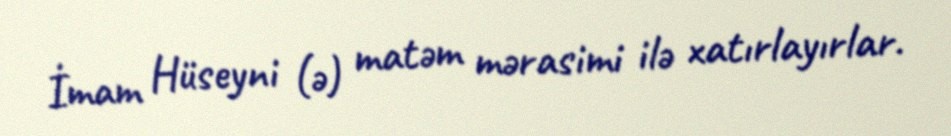
İmam Hüseyni (ə) matəm mərasimi ilə xatırlayırlar.